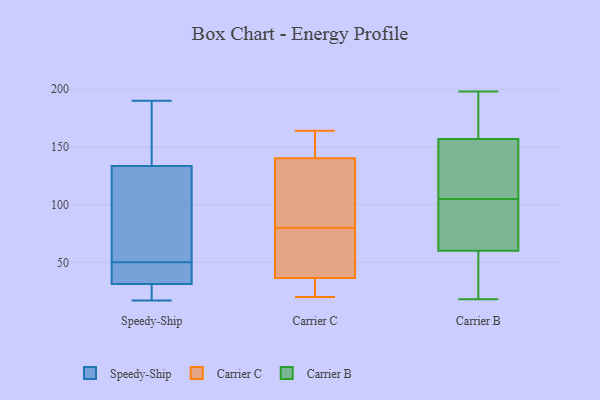
{"axis": {"x": "Operating Costs (USD K)", "y": "Value"}, "legend": ["Carrier B", "Carrier C", "Speedy-Ship"], "data": [{"x": "", "y": 23, "type": "Speedy-Ship"}, {"x": "", "y": 124, "type": "Speedy-Ship"}, {"x": "", "y": 50, "type": "Speedy-Ship"}, {"x": "", "y": 185, "type": "Speedy-Ship"}, {"x": "", "y": 17, "type": "Speedy-Ship"}, {"x": "", "y": 190, "type": "Speedy-Ship"}, {"x": "", "y": 162, "type": "Speedy-Ship"}, {"x": "", "y": 23, "type": "Speedy-Ship"}, {"x": "", "y": 53, "type": "Speedy-Ship"}, {"x": "", "y": 34, "type": "Speedy-Ship"}, {"x": "", "y": 38, "type": "Speedy-Ship"}, {"x": "", "y": 37, "type": "Speedy-Ship"}, {"x": "", "y": 115, "type": "Speedy-Ship"}, {"x": "", "y": 36, "type": "Carrier C"}, {"x": "", "y": 20, "type": "Carrier C"}, {"x": "", "y": 82, "type": "Carrier C"}, {"x": "", "y": 80, "type": "Carrier C"}, {"x": "", "y": 38, "type": "Carrier C"}, {"x": "", "y": 20, "type": "Carrier C"}, {"x": "", "y": 40, "type": "Carrier C"}, {"x": "", "y": 162, "type": "Carrier C"}, {"x": "", "y": 164, "type": "Carrier C"}, {"x": "", "y": 87, "type": "Carrier C"}, {"x": "", "y": 158, "type": "Carrier C"}, {"x": "", "y": 96, "type": "Carrier B"}, {"x": "", "y": 175, "type": "Carrier B"}, {"x": "", "y": 115, "type": "Carrier B"}, {"x": "", "y": 75, "type": "Carrier B"}, {"x": "", "y": 198, "type": "Carrier B"}, {"x": "", "y": 121, "type": "Carrier B"}, {"x": "", "y": 194, "type": "Carrier B"}, {"x": "", "y": 34, "type": "Carrier B"}, {"x": "", "y": 62, "type": "Carrier B"}, {"x": "", "y": 86, "type": "Carrier B"}, {"x": "", "y": 188, "type": "Carrier B"}, {"x": "", "y": 141, "type": "Carrier B"}, {"x": "", "y": 18, "type": "Carrier B"}, {"x": "", "y": 97, "type": "Carrier B"}, {"x": "", "y": 113, "type": "Carrier B"}, {"x": "", "y": 58, "type": "Carrier B"}, {"x": "", "y": 40, "type": "Carrier B"}, {"x": "", "y": 48, "type": "Carrier B"}, {"x": "", "y": 173, "type": "Carrier B"}, {"x": "", "y": 118, "type": "Carrier B"}]}